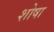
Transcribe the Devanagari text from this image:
शोषा